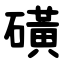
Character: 磺